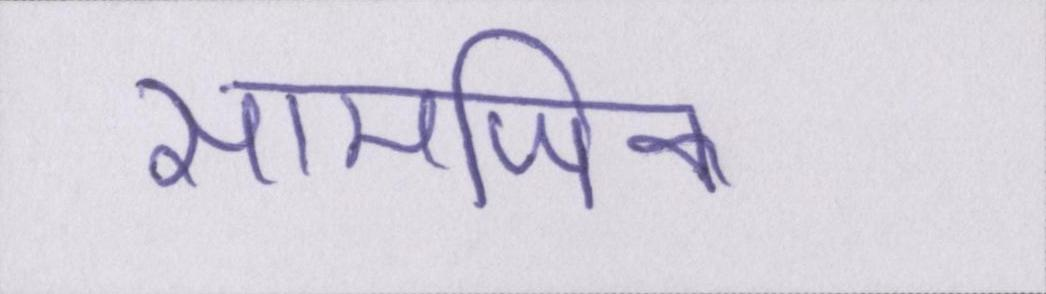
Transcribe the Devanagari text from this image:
सामाजिक